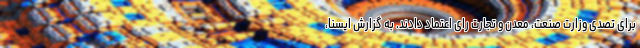
برای تصدی وزارت صنعت، معدن و تجارت رای اعتماد دادند. به گزارش ایسنا،